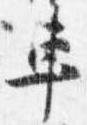
車